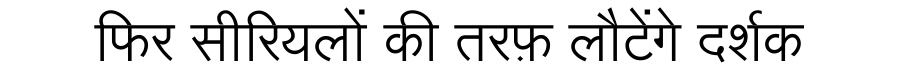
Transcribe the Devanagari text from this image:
फिर सीरियलों की तरफ़ लौटेंगे दर्शक